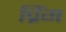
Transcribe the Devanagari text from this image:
प्रिंग